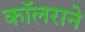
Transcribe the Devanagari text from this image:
कॉलराने